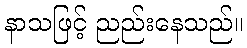
နာသဖြင့် ညည်းနေသည်။